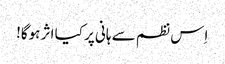
اِس نظم سے ہانی پر کیا اثر ہوگا!